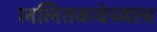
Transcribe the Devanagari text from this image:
ललितकथेच्याच